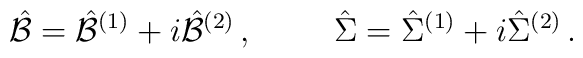
\hat{\cal B} = \hat{\cal B}^{(1)} +i\hat{\cal B}^{(2)}\, ,\hskip 1truecm\hat{\Sigma} = \hat{\Sigma}^{(1)} +i\hat{\Sigma}^{(2)}\, .